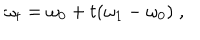
\omega _ { t } = \omega _ { 0 } + t ( \omega _ { 1 } - \omega _ { 0 } ) \; ,